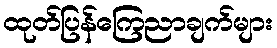
ထုတ်ပြန်ကြေညာချက်များ